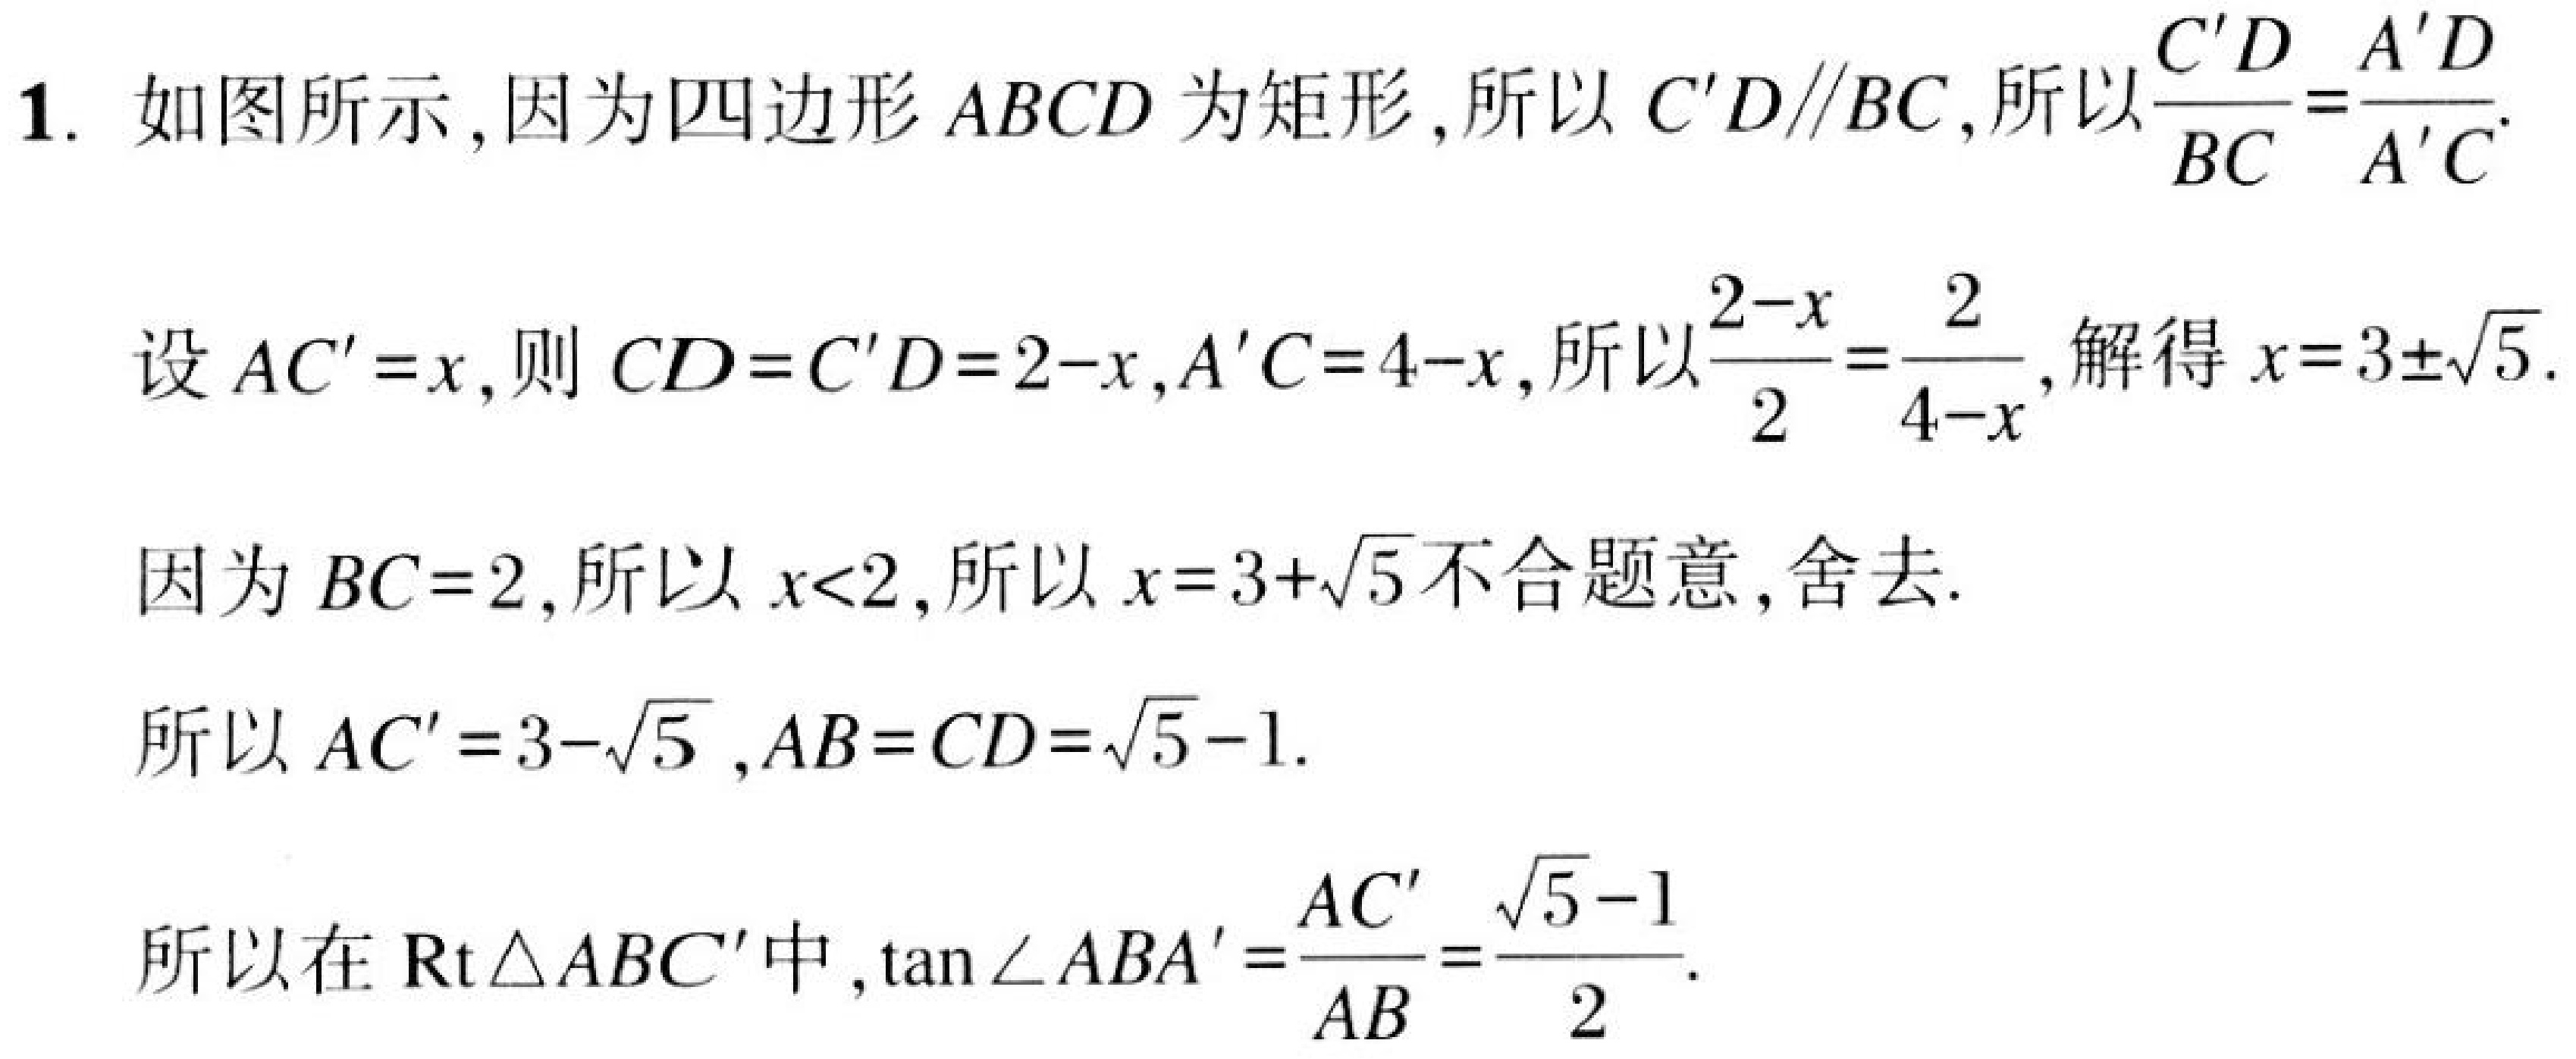
1. 如图所示,因为四边形 \(ABCD\) 为矩形,所以 \(C'D\parallel BC\),所以\(\frac{C'D}{BC}=\frac{A'D}{A'C}\).
设 \(AC' = x\),则 \(CD = C'D = 2 - x\),\(A'C = 4 - x\),所以\(\frac{2 - x}{2}=\frac{2}{4 - x}\),解得 \(x = 3\pm\sqrt{5}\).
因为 \(BC = 2\),所以 \(x<2\),所以 \(x = 3+\sqrt{5}\)不合题意,舍去.
所以 \(AC' = 3-\sqrt{5}\),\(AB = CD=\sqrt{5}-1\).
所以在 \(\text{Rt}\triangle ABC'\)中,\(\tan\angle ABA'=\frac{AC'}{AB}=\frac{\sqrt{5}-1}{2}\).